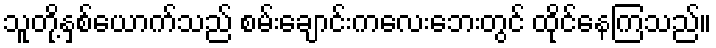
သူတို့နှစ်ယောက်သည် စမ်းချောင်းကလေးဘေးတွင် ထိုင်နေကြသည်။